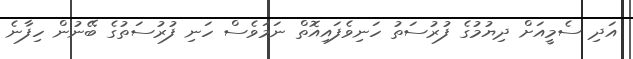
އަދި ސެމީއަށް ދިޔުމުގެ ފުރުސަތު ހަނިވެފައިއޮތް ނަމަވެސް ހަނި ފުރުސަތުގެ ބޭނުން ހިފާނެ